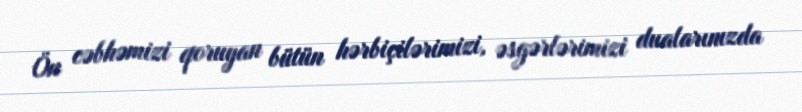
Ön cəbhəmizi qoruyan bütün hərbiçilərimizi, əsgərlərimizi dualarınızda